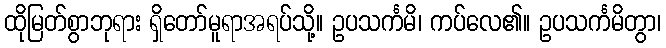
ထိုမြတ်စွာဘုရား ရှိတော်မူရာအရပ်သို့။ ဥပသင်္ကမိ၊ ကပ်လေ၏။ ဥပသင်္ကမိတွာ၊